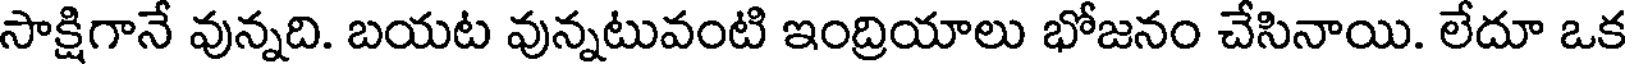
సాక్షిగానే వున్నది. బయట వున్నటువంటి ఇంద్రియాలు భోజనం చేసినాయి. లేదూ ఒక